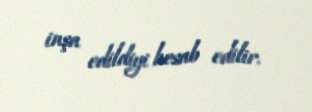
inşa edildiyi hesab edilir.